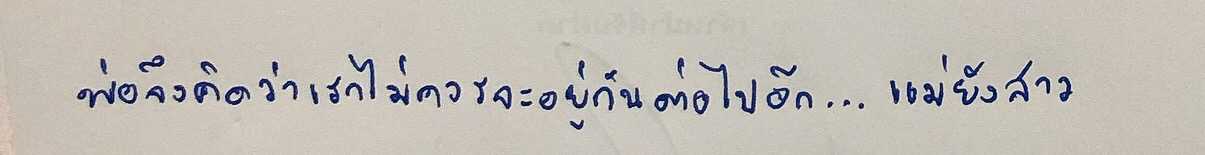
พ่อจึงคิดว่าเราไม่ควรจะอยู่กันต่อไปอีก...แม่ยังสาว